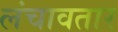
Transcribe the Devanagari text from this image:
लंचावतार